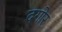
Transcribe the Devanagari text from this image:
दगोर